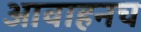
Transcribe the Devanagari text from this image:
आवाहनच